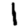
Digit: 1